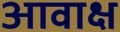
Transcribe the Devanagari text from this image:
आवाक्ष